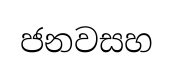
ජනවසහ